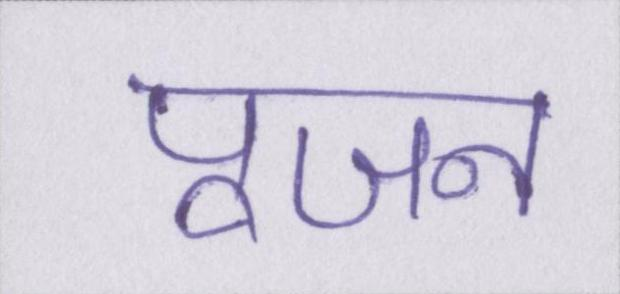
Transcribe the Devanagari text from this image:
पूजन